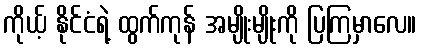
ကိုယ့် နိုင်ငံရဲ့ ထွက်ကုန် အမျိုးမျိုးကို ပြကြမှာလေ။